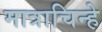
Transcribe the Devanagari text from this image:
मात्राचिन्हे